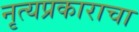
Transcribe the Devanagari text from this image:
नृत्यप्रकाराचा